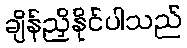
ချိန်ညှိနိုင်ပါသည်